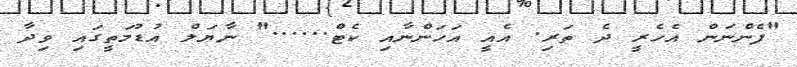
"ފެންނަން އެހެރީ ދެ ތަރި. އެއީ އަހަންނާއި ކެޓް......" ނާޔަލް އުޑުމަތީގައި ވިދާ